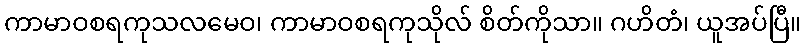
ကာမာဝစရကုသလမေဝ၊ ကာမာဝစရကုသိုလ် စိတ်ကိုသာ။ ဂဟိတံ၊ ယူအပ်ပြီ။